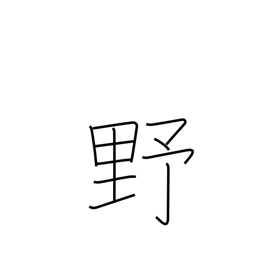
Meaning: plains